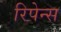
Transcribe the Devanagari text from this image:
रिपेन्स